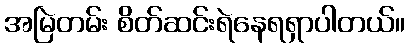
အမြဲတမ်း စိတ်ဆင်းရဲနေရရှာပါတယ်။